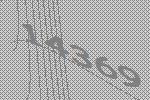
14369